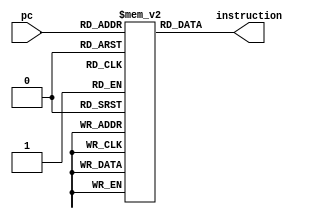
`timescale 1ns / 1ps

module InstructionMemory (
    input [7:0] pc,
    output [15:0] instruction
);
    reg [15:0] memory [255:0];

    initial begin
        // Example instructions
        memory[0] = 16'b0000000000000000;  // ADD R0, R0, R0
        memory[1] = 16'b0001000100100011;  // SUB R1, R2, R3
        // Add more instructions as needed
    end

    assign instruction = memory[pc];
endmodule